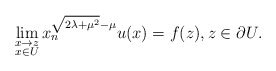
\begin{align*}\lim_{\substack{x\rightarrow z\\ x\in U}}x_n^{\sqrt{2\lambda+\mu^2}-\mu}u(x)=f(z)\/,z\in\partial U\/.\end{align*}